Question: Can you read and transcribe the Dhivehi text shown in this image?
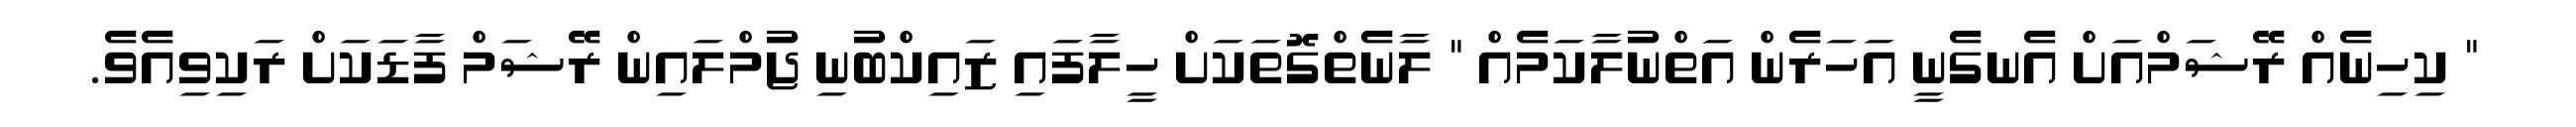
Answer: " ކިހިނެއް ރޭޝަމްއަށް އެނގެނީ އަހަރެން އަތްނުލާކަމެއް " ލާނެތްގޮތަކަށް ހީލާފައި ޒައިކްބުނި ޖުމްލައިން ރޭޝަމް ފާޑަކަށް ރަކިވިއެވެ.